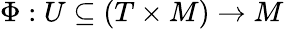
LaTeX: \Phi:U\subseteq(T\times M)\to M